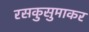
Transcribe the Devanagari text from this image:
रसकुसुमाकर